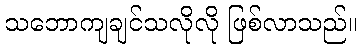
သဘောကျချင်သလိုလို ဖြစ်လာသည်။